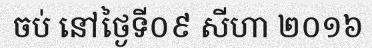
ចប់ នៅថ្ងៃទី០៩ សីហា ២០១៦